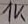
Text: 1K